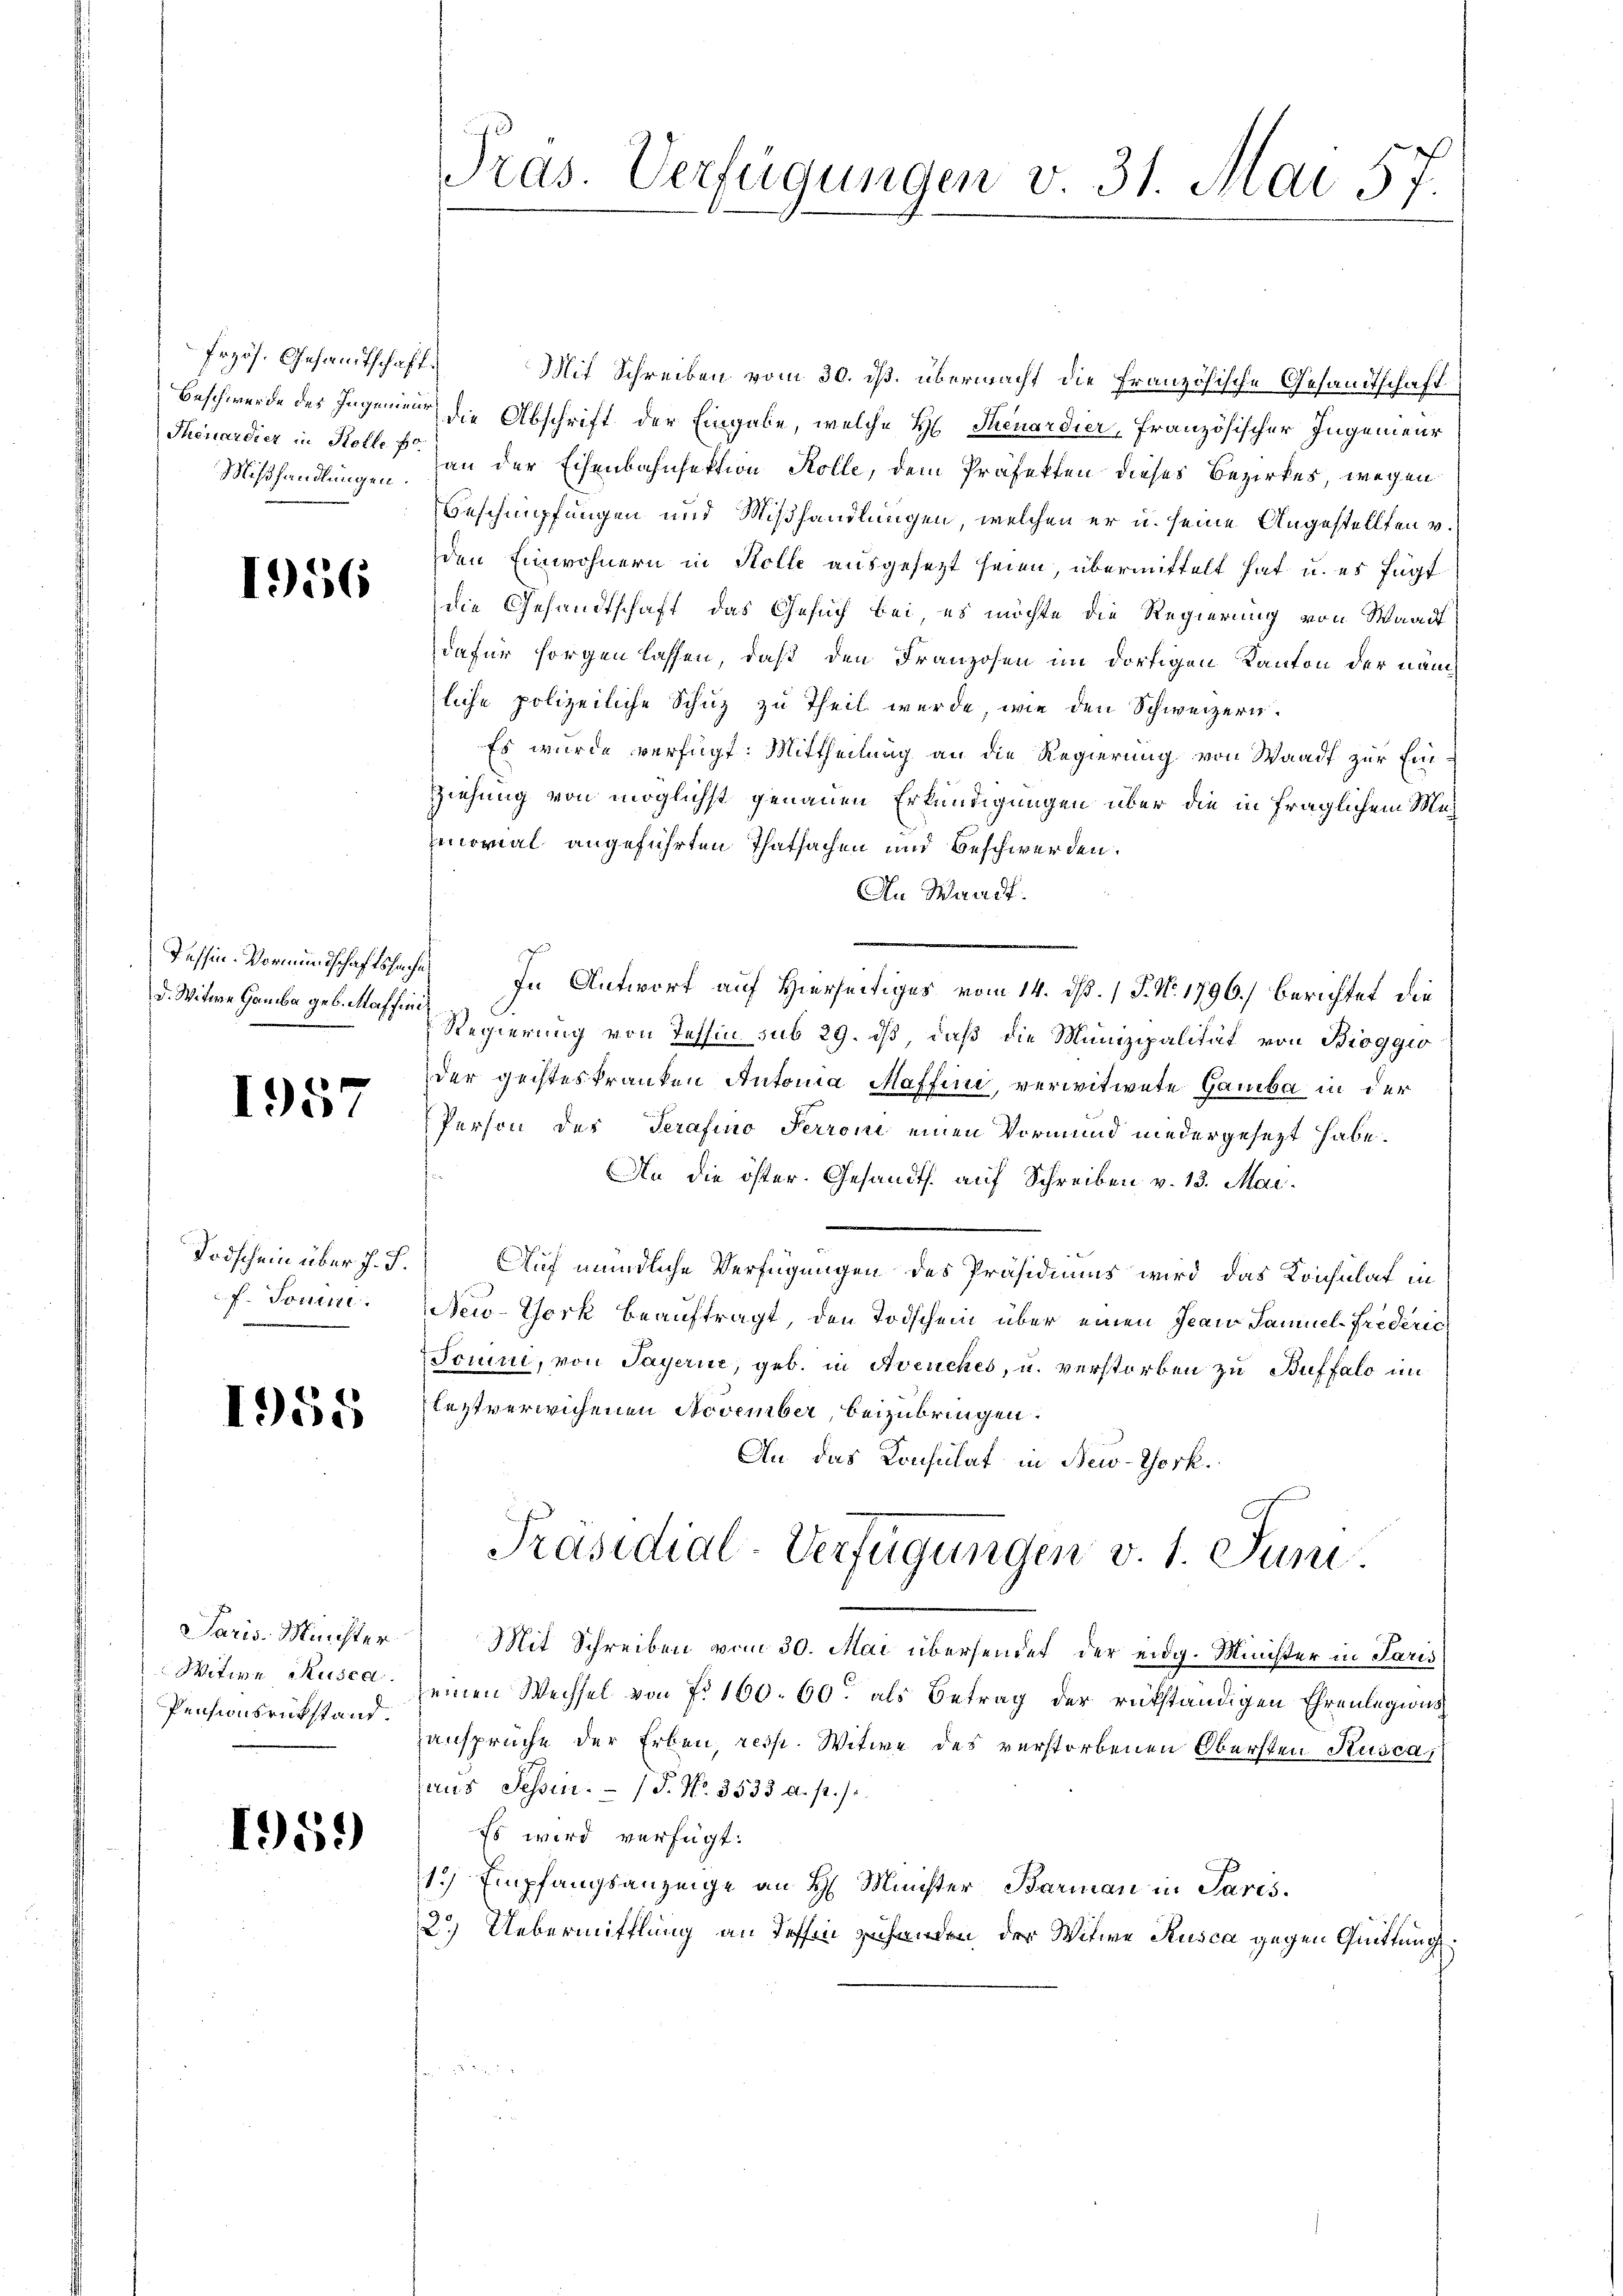
frzös. Gesandtschaft.
Beschwerde des Ingenieur
Theuerdier in Kolle pr
Mißhandlungen.

1956

Tessin-Vormundschaftssache
d. Witwe Gamba geb. Maffine

1957

Todschein über h. T.
f. Sonn

155

Paris. Meister
Witwe Musen.
Pensionsrükstand.

1951)

Pras. Verfügungen v. 31. Mai 1
7

Mit Schreiben vom 30. ds. überwacht die Französische Gesandtschaft
die Abschrift der Eingabe, welche H. Steuerdier, französischer Ingenieur
an der Eisenbahnfektion Kolle, dem Präfekten dieses Bezirkes, wegen
Beschnüpfungen und Mißhandlungen, welchen er u. seine Angestellten v.
den Einwohnern in Holle ausgesezt seien, übermittelt hat u. es fügt
die Gesandtschaft das Gesuch bei, es möchte die Regierung von Waadt
dafür sorgen lassen, daß den Franzosen im dortigen Kanton der nam
liche polizeiliche Schuz zu Theil wurde wie den Schweizern.
Es wurde verfügt: Mittheilung an die Regierung von Waadt zur Ein¬
Ziehung von möglichst genauen Erkundigungen über die in fraglichem Munomal angeführten Thatsachen und Beschwerden.
An Waadt.
In Antwort auf Hierseitiges vom 14. dß. / P. Nr. 1796.) Berichtet die
Regierung von Tessin sub 29. iß, daß die Munizipalität von Bioggio
der geisteskranken Antonia Maffini, verwitwete Gamba in der
Person des Terafino Perroni einen Vormund niedergesezt habe.
An die öster. Gesandts. auf Schreiben v. 13. Mai.
Auf mündliche Verfügungen des Präsidiums wird das Konsulat in
New-York beauftragt, den Todschein über einen Jean Samuel-Frederic
Jonini, von Payerne, geb. in Avenches, u. verstorben zu Buffalo im
leztverwichenen November, beizubringen.
An das Konsulat in New-York.
Präsidial-Verfügungen v. 1. Juni
Mit Schreiben vom 30. Mai übersendet der eidg. Minister in Paris
einen Wechsel von No 160. 60. als Betrag der rükständigen Ehrenlegions
ansprüche der Erben, resp. Witwe des verstorbenen Obersten Kusca,
aus Tessin. / 5. No. 3533 a. p. s.
Es wird verfügt:
1) Empfangsanzeige an H. Minister Barmann in Paris
2.) Uebermittlung an Tessin zu handen der Witwe Rusca gegen Quittung